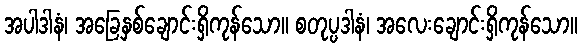
အပါဒါနံ၊ အခြေနှစ်ချောင်းရှိကုန်သော။ စတုပ္ပဒါနံ၊ အလေးချောင်းရှိကုန်သော။